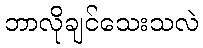
ဘာလိုချင်သေးသလဲ